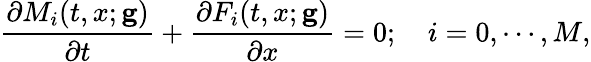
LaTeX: \frac{\partial M_{i}(t,x;\mathbf{g})}{\partial t}+\frac{\partial F_{i}(t,x;\mathbf{g})}{\partial x}=0;\quad i=0,\cdots,M,